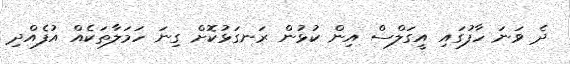
ދެ ވަނަ ހާފުގައި އީގަލްސް އިން ކުޅުން ރަނގަޅުކޮށް ގިނަ ހަމަލާތަކެއް އުފެއްދި